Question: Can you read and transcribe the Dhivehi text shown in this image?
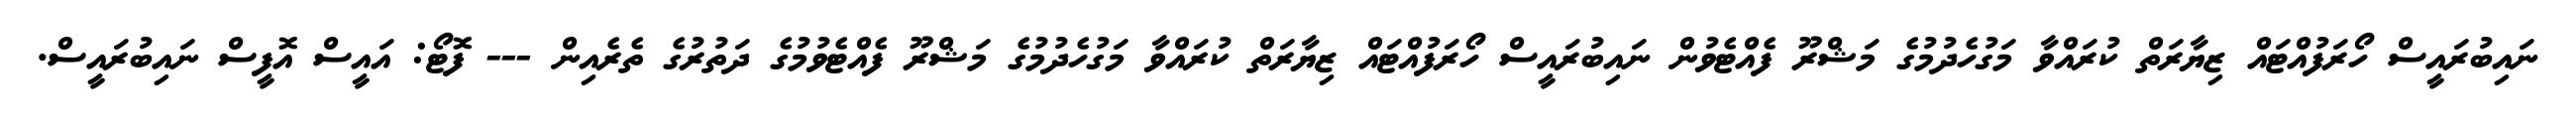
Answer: ނައިބުރައީސް ހޯރަފުއްޓައް ޒިޔާރަތް ކުރައްވާ މަގުހެދުމުގެ މަޝްރޫ ފެއްޓެވުން ނައިބުރައީސް ހޯރަފުއްޓައް ޒިޔާރަތް ކުރައްވާ މަގުހެދުމުގެ މަޝްރޫ ފެއްޓެވުމުގެ ދަތުރުގެ ތެރެއިން --- ފޮޓޯ: އައީސް އޮފީސް ނައިބުރައީސް.